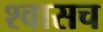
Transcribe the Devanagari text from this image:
श्वासच